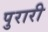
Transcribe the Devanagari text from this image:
पुरारी